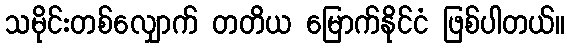
သမိုင်းတစ်လျှောက် တတိယ မြောက်နိုင်ငံ ဖြစ်ပါတယ်။